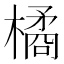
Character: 橘